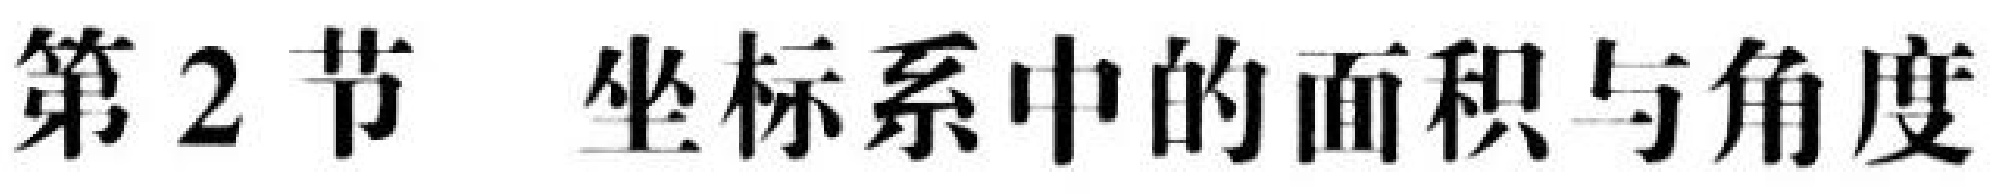
第2节 坐标系中的面积与角度